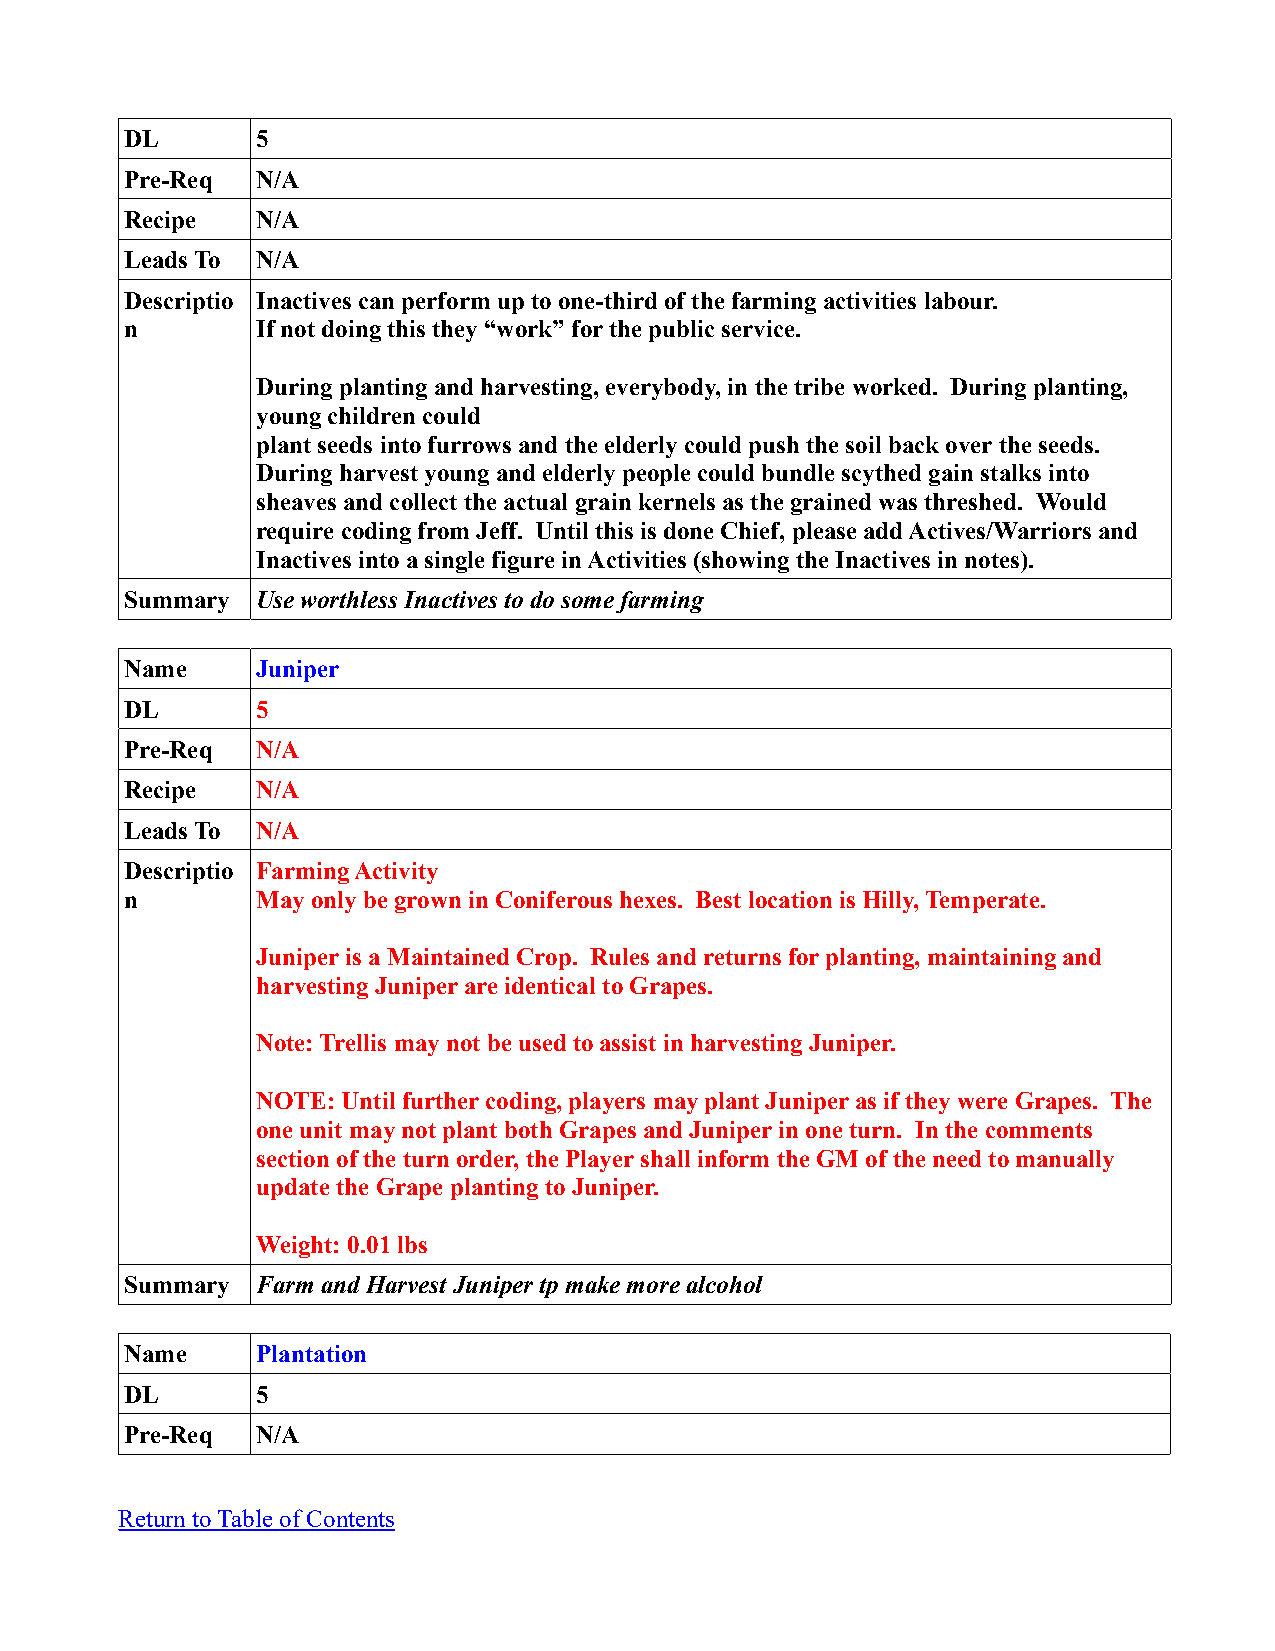
DL       5
 Pre-Req  N/A
 Recipe   N/A
 Leads To N/A
 Descriptio Inactives can perform up to one-third of the farming activities labour.
 n        If not doing this they “work” for the public service.
 During planting and harvesting, everybody, in the tribe worked. During planting,
 young children could
 plant seeds into furrows and the elderly could push the soil back over the seeds.
 During harvest young and elderly people could bundle scythed gain stalks into
 sheaves and collect the actual grain kernels as the grained was threshed. Would
 require coding from Jeff. Until this is done Chief, please add Actives/Warriors and
 Inactives into a single figure in Activities (showing the Inactives in notes).
 Summary  Use worthless Inactives to do some farming
 Name     Juniper
 DL       5
 Pre-Req  N/A
 Recipe   N/A
 Leads To N/A
 Descriptio Farming Activity
 n        May only be grown in Coniferous hexes. Best location is Hilly, Temperate.
 Juniper is a Maintained Crop. Rules and returns for planting, maintaining and
 harvesting Juniper are identical to Grapes.
 Note: Trellis may not be used to assist in harvesting Juniper.
 NOTE: Until further coding, players may plant Juniper as if they were Grapes. The
 one unit may not plant both Grapes and Juniper in one turn. In the comments
 section of the turn order, the Player shall inform the GM of the need to manually
 update the Grape planting to Juniper.
 Weight: 0.01 lbs
 Summary  Farm and Harvest Juniper tp make more alcohol
 Name     Plantation
 DL       5
 Pre-Req  N/A
 Return to Table of Contents